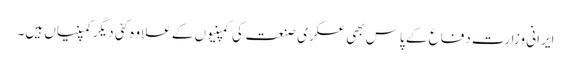
ایرانی وزارت دفاع کے پاس بھی عسکری صنعت کی کمپنیوں کے علاوہ کئی دیگر کمپنیاں ہیں۔